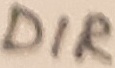
Text: DIR